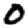
Digit: 0